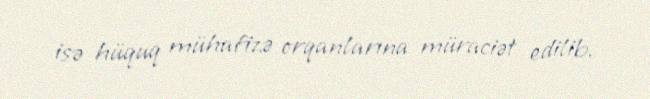
isə hüquq mühafizə orqanlarına müraciət edilib.